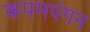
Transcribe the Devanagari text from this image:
कपमपंगन